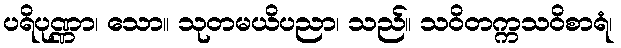
ပရိပုဏ္ဏာ၊ သော။ သုတမယိပညာ၊ သည်။ သဝိတက္ကသဝိစာရံ၊